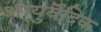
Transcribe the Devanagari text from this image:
आयुर्वॆदिक